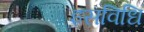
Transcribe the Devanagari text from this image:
इसविधि